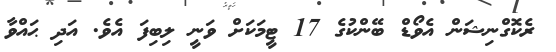
ރެކޮގްނިޝަން އެވޯޑް ބޭންކުގެ 17 ޓީމަކަށް ވަނީ ލިބިފަ އެވެ. އަދި ޙައްވާ